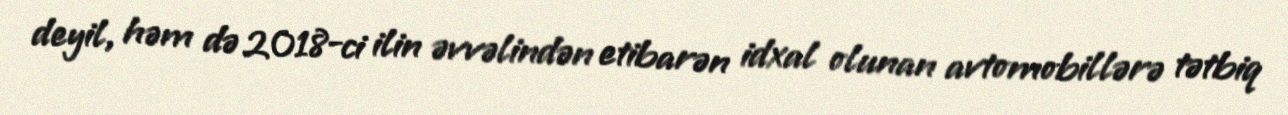
deyil, həm də 2018-ci ilin əvvəlindən etibarən idxal olunan avtomobillərə tətbiq